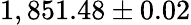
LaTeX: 1,851.48\pm 0.02